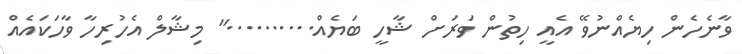
ވާނެހެން ހިޔެއްނުވޭ އެއީ ހިތުން ވަރަށް ޝާހީ ބަޔެއް.........." މިޝާލް އެހުރިހާ ވާހަކައެއް